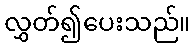
လွှတ်၍ပေးသည်။